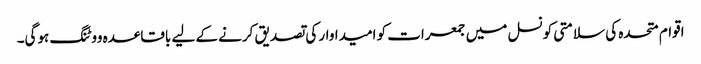
اقوام متحدہ کی سلامتی کونسل میں جمعرات کو امیداوار کی تصدیق کرنے کے لیے باقاعدہ ووٹنگ ہوگی۔